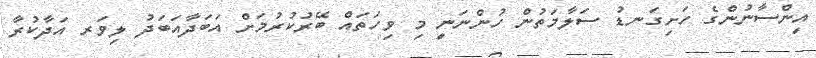
އިންސާނުންގެ ހަށިގަނޑު ސަލާމަތުން ހުންނަނީ މި ވިހަތައް ބޭރުކުރުމަށް އަބަދާއަބަދު ލިވަރ އަދާކުރާ